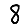
Digit: 8